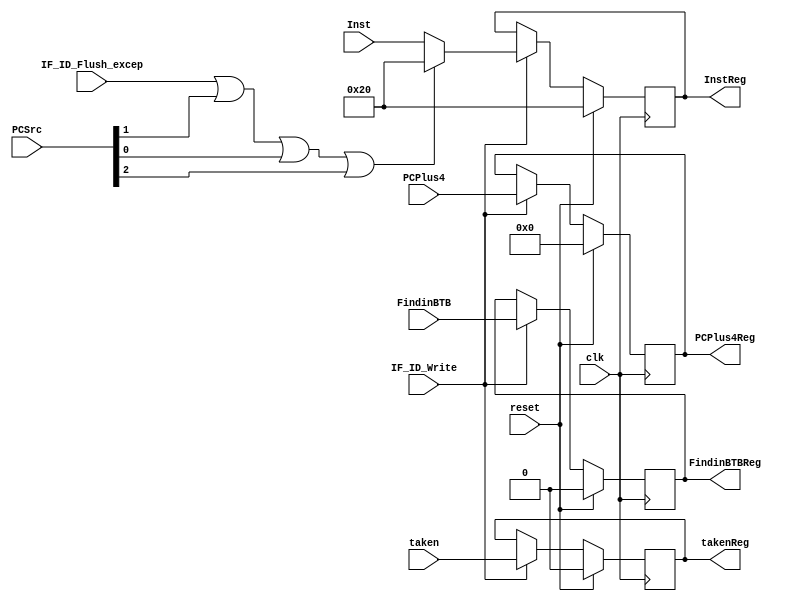
`timescale 1ns / 1ps
//////////////////////////////////////////////////////////////////////////////////
// Company: 
// Engineer: 
// 
// Design Name: 
// Module Name:    IFID 
// Project Name: 
// Target Devices: 
// Tool versions: 
// Description: 
//
// Dependencies: 
//
// Revision: 
// Revision 0.01 - File Created
// Additional Comments: 
//
//////////////////////////////////////////////////////////////////////////////////
module IFID(
//Inputs
PCPlus4, 	//Next Inst Addr
Inst,		//Inst at PC
IF_ID_Write,	//Update Reg's if 1
IF_ID_Flush_excep,	//Flush Inst if 1
FindinBTB,		//Brnch Entry is present in BTB
taken,	//Brnch is taken 
PCSrc,	//Decide when to flush inst i.e. insert Bubble
clk,	//sync clk
reset, //sync reset

//Outputs
PCPlus4Reg,		//PCplus4 Latched
InstReg,		//InstReg Latched
FindinBTBReg,		//FindinBTB Latched
takenReg		//takenReg Latched
    );
	 
input [31:0] PCPlus4,Inst;
input clk,IF_ID_Write,IF_ID_Flush_excep, FindinBTB, taken, reset;
input [2:0] PCSrc; //PCSrc[2] = BTB takes wrong branch so need to insert a bubble in stage 2

output [31:0] PCPlus4Reg, InstReg;
reg [31:0] PCPlus4Reg, InstReg;
output FindinBTBReg, takenReg;
reg FindinBTBReg, takenReg;

wire [31:0] Instruction;
 
assign Instruction = (IF_ID_Flush_excep || PCSrc[1] || PCSrc[0] || PCSrc[2])?(32'b000000_00000_00000_00000_00000_100000):(Inst);

always @ (posedge clk)
begin
	if(reset)
	begin
		PCPlus4Reg <= 32'b0;
		InstReg <= 32'b000000_00000_00000_00000_00000_100000;
		FindinBTBReg <= 1'b0;
		takenReg <= 1'b0;
	end
	else
	begin
		if(IF_ID_Write)
		begin
			PCPlus4Reg <= PCPlus4;
			InstReg <= Instruction;
			FindinBTBReg <= FindinBTB;
			takenReg <= taken;
		end
	end
end

endmodule